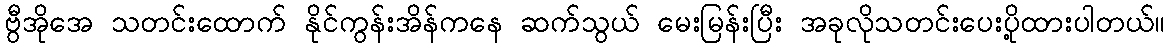
ဗွီအိုအေ သတင်းထောက် နိုင်ကွန်းအိန်ကနေ ဆက်သွယ် မေးမြန်းပြီး အခုလိုသတင်းပေးပို့ထားပါတယ်။